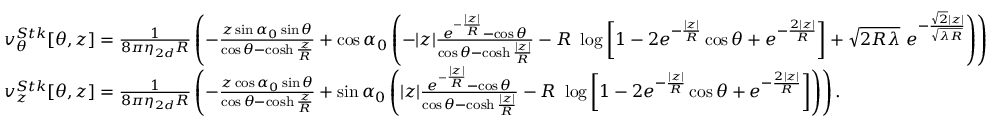
\begin{array} { r l } & { v _ { \theta } ^ { S t k } [ \theta , z ] = \frac { 1 } { 8 \pi \eta _ { 2 d } R } \left( - \frac { z \sin \alpha _ { 0 } \sin \theta } { \cos \theta - \cosh \frac { z } { R } } + \cos \alpha _ { 0 } \left( - | z | \frac { e ^ { - \frac { | z | } { R } } - \cos \theta } { \cos \theta - \cosh \frac { | z | } { R } } - R ~ \log \left[ 1 - 2 e ^ { - \frac { | z | } { R } } \cos \theta + e ^ { - \frac { 2 | z | } { R } } \right] + \sqrt { 2 R \lambda } ~ e ^ { - \frac { \sqrt { 2 } | z | } { \sqrt { \lambda R } } } \right) \right) } \\ & { v _ { z } ^ { S t k } [ \theta , z ] = \frac { 1 } { 8 \pi \eta _ { 2 d } R } \left( - \frac { z \cos \alpha _ { 0 } \sin \theta } { \cos \theta - \cosh \frac { z } { R } } + \sin \alpha _ { 0 } \left( | z | \frac { e ^ { - \frac { | z | } { R } } - \cos \theta } { \cos \theta - \cosh \frac { | z | } { R } } - R ~ \log \left[ 1 - 2 e ^ { - \frac { | z | } { R } } \cos \theta + e ^ { - \frac { 2 | z | } { R } } \right] \right) \right) . } \end{array}